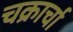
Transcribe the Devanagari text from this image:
चक्रार्चा